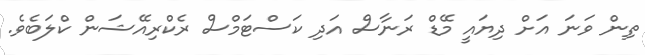
ތިން ވަނަ އަށް ދިޔައީ މޭޑް ރަނާސް އަދި ކަސްޓަމްސް ރެކްރިއޭޝަން ކްލަބެވެ.